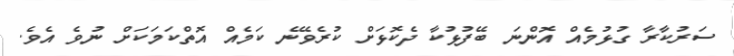
ސަރުކާރާ ގުޅުމެއް އޮންނަ ބޭފުޅުކާ ދެކޮޅަށް ކުރެވޭނެ ކަމެއް އޮތްކަމަކަށް ނުވެ އެވެ.